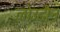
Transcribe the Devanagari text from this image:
लोउडौन